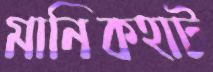
মানিকহাট